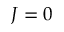
J = 0